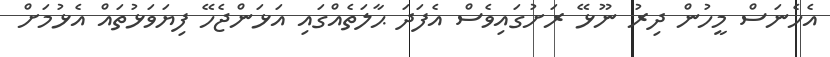
އެހެނަސް މީހުން ދިރު ނޫޅޭ ރަށުގައިވެސް އެފަދަ ޙާލަތެއްގައި އަޅަންޖެހޭ ފިޔަވަޅުތައް އެޅުމަށް